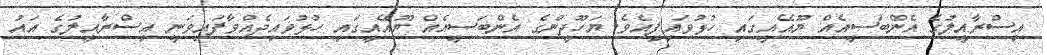
އިސްރާއީލުގެ އެންބަސީއެއް ޔޫއޭއީގައި ހުޅުވައިފިއެވެ. ޔަހޫދީންގެ އެންބަސީއެއް ޔޫއޭއީގައި ހުޅުވައިދެއްވާފައިވަނީ އިސްރާއީލުގެ އައު